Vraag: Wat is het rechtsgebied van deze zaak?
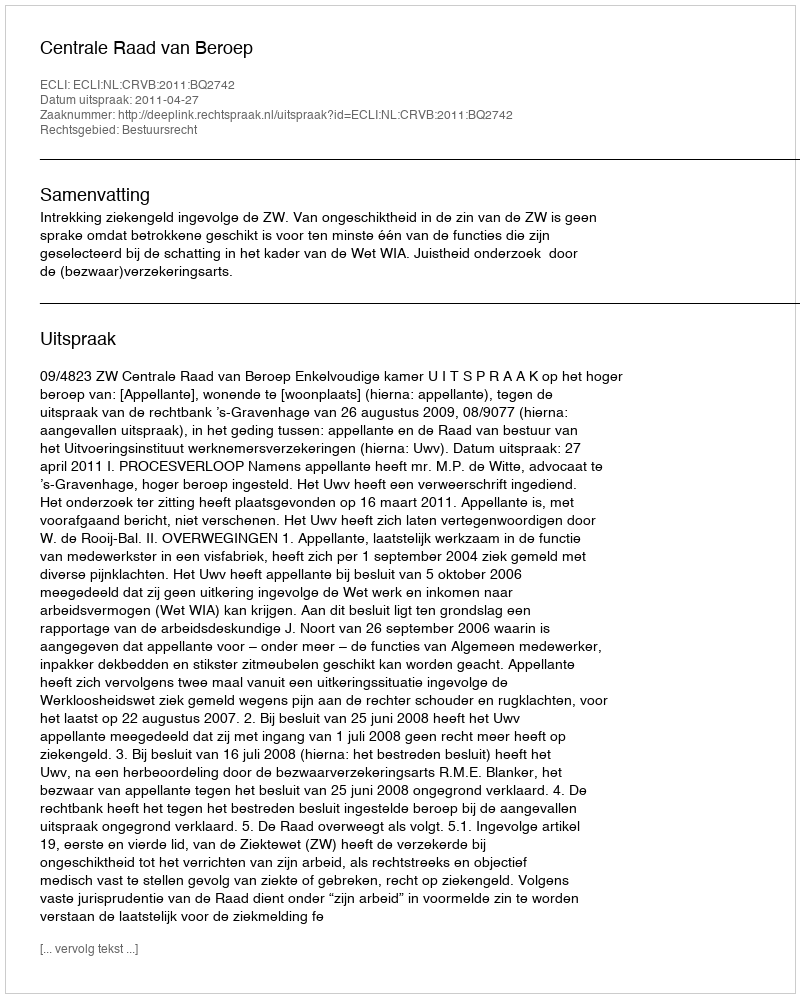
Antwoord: Bestuursrecht